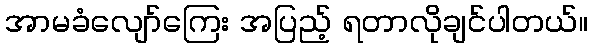
အာမခံလျော်ကြေး အပြည့် ရတာလိုချင်ပါတယ်။